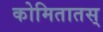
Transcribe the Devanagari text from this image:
कोमितातस्